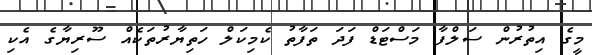
މީގެ އިތުރުން ސަލްފާ މަސްޓަޑް ފަދަ ތަފާތު ކެމިކަލް ހަތިޔާރުތަކެއް ސޫރިޔާގެ އެކި